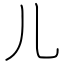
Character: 儿